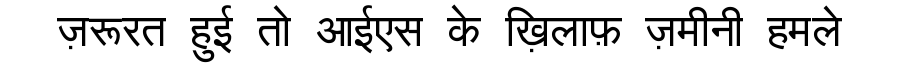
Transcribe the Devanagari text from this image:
ज़रूरत हुई तो आईएस के ख़िलाफ़ ज़मीनी हमले